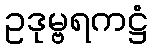
ဥဒုမ္ဗရကဋ္ဌံ